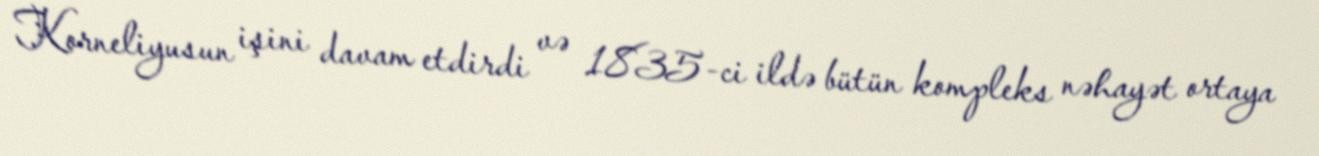
Korneliyusun işini davam etdirdi və 1835-ci ildə bütün kompleks nəhayət ortaya